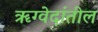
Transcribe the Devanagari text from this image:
ॠग्वेदांतील